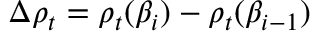
\Delta \rho _ { t } = \rho _ { t } ( \beta _ { i } ) - \rho _ { t } ( \beta _ { i - 1 } )